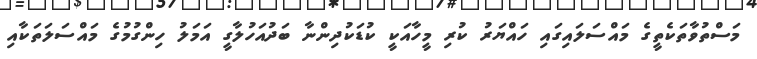
މަސްތުވާތަކެތީގެ މައްސަލައިގައި ހައްޔަރު ކުރި މީހާއަކީ ކުޑަކުދިންނާ ބަދުއަހުލާގީ އަމަލު ހިންގުމުގެ މައްސަލަތަކާއި